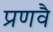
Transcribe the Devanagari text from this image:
प्रणवै